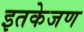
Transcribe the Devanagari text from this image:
इतकेजण